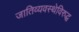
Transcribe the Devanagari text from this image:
जातिव्यवस्थेविरुद्ध